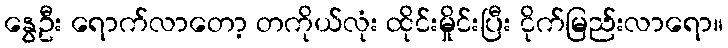
နွေဦး ရောက်လာတော့ တကိုယ်လုံး ထိုင်းမှိုင်းပြီး ငိုက်မြည်းလာရော။